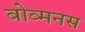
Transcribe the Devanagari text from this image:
बोव्मनस